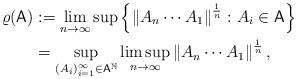
LaTeX: \begin{align*}\varrho(\mathsf{A})&:=\lim_{n \to \infty}\sup\left\{\left\|A_n\cdots A_1 \right\|^{\frac{1}{n}} \colon A_i \in \mathsf{A}\right\}\\&=\sup_{(A_i)_{i=1}^\infty \in \mathsf{A}^{\mathbb{N}}} \limsup_{n \to \infty}\left\|A_n \cdots A_1\right\|^{\frac{1}{n}},\end{align*}